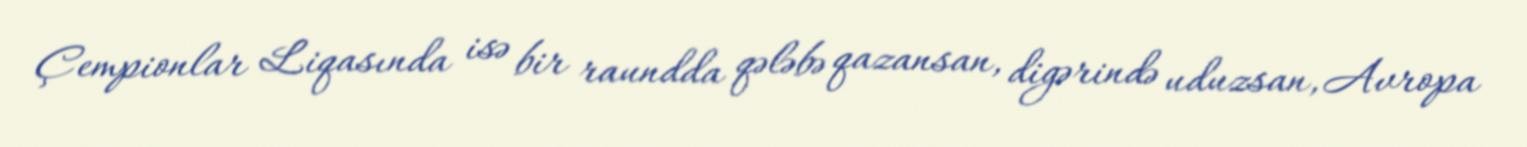
Çempionlar Liqasında isə bir raundda qələbə qazansan, digərində uduzsan, Avropa